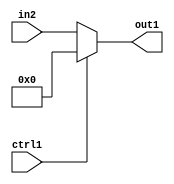
`timescale 1ps / 1ps
/*****************************************************************************
    Verilog RTL Description
    
    
    Created by: Stratus DpOpt 21.05.01 
*******************************************************************************/

module dut_N_Mux_6_2_50_1 (
	in2,
	ctrl1,
	out1
	); /* architecture "behavioural" */ 
input [5:0] in2;
input  ctrl1;
output [5:0] out1;
wire [5:0] asc001;

reg [5:0] asc001_tmp_0;
assign asc001 = asc001_tmp_0;
always @ (ctrl1 or in2) begin
	case (ctrl1)
		1'B1 : asc001_tmp_0 = 6'B000000 ;
		default : asc001_tmp_0 = in2 ;
	endcase
end

assign out1 = asc001;
endmodule

/* CADENCE  uLTwQgg= : u9/ySxbfrwZIxEzHVQQV8Q== ** DO NOT EDIT THIS LINE ******/